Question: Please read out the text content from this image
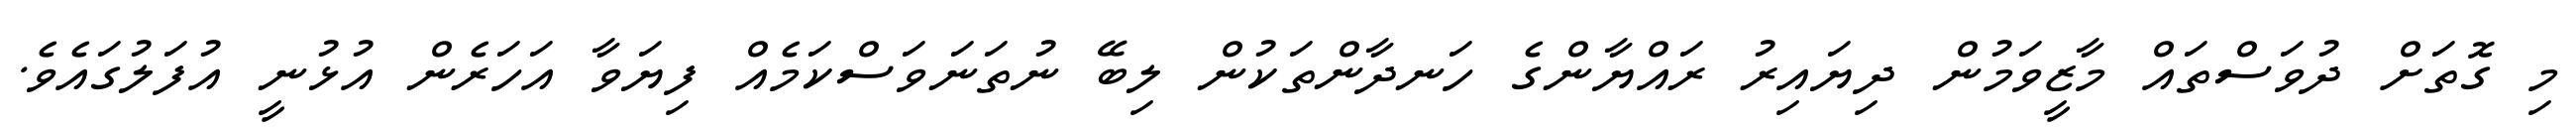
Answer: މި ގޮތަށް ދުވަސްތައް މާޒީވަމުން ދިޔައިރު ރައްޔާންގެ ހަނދާންތަކުން ލިބޭ ނުތަނަވަސްކަމެއް ފިޔަވާ އަހަރެން އުޅުނީ އުފަލުގައެވެ.